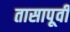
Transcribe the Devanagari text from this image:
तासापूर्वी